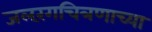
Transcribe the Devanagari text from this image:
जलरंगचित्रणाच्या